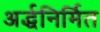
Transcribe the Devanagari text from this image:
अर्द्धनिर्मित